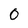
Character: 0